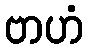
ဗာဟံ